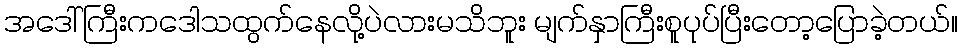
အဒေါ်ကြီးကဒေါသထွက်နေလို့ပဲလားမသိဘူး မျက်နှာကြီးစူပုပ်ပြီးတော့ပြောခဲ့တယ်။